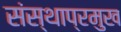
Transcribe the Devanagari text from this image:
संस्थाप्रमुख